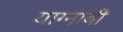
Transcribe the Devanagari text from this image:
याग्नोबी